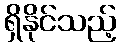
ရှိနိုင်သည့်